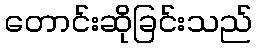
တောင်းဆိုခြင်းသည်